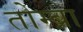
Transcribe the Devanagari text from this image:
तोम्ब्रा